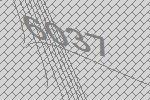
6037